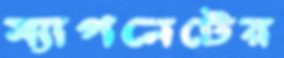
ম্যাগনেটের